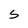
Character: S